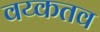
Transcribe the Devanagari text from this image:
वय्कतव